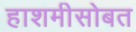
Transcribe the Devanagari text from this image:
हाशमीसोबत